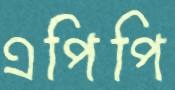
এপিপি